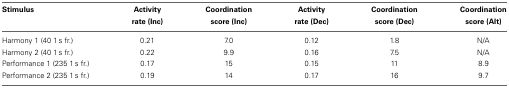
<table><thead><tr><td><b>Stimulus</b></td><td><b>Activity rate (Inc)</b></td><td><b>Coordination score (Inc)</b></td><td><b>Activity rate (Dec)</b></td><td><b>Coordination score (Dec)</b></td><td><b>Coordination score (Alt)</b></td></tr></thead><tbody><tr><td>Harmony 1 (40 1 s fr.)</td><td>0.21</td><td>7.0</td><td>0.12</td><td>1.8</td><td>N/A</td></tr><tr><td>Harmony 2 (40 1 s fr.)</td><td>0.22</td><td>9.9</td><td>0.16</td><td>7.5</td><td>N/A</td></tr><tr><td>Performance 1 (235 1 s fr.)</td><td>0.17</td><td>15</td><td>0.15</td><td>11</td><td>8.9</td></tr><tr><td>Performance 2 (235 1 s fr.)</td><td>0.19</td><td>14</td><td>0.17</td><td>16</td><td>9.7</td></tr></tbody></table>